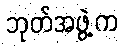
ဘုတ်အဖွဲ့က